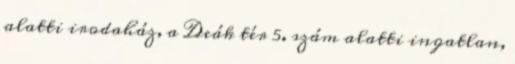
alatti irodaház, a Deák tér 5. szám alatti ingatlan,